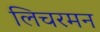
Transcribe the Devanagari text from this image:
लिचरमन